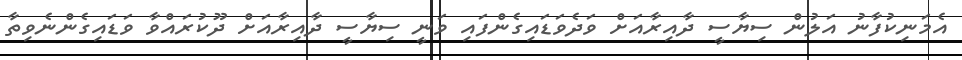
އެމަނިކުފާނު އަލުން ސިޔާސީ ދާއިރާއަށް ވަދެވަޑައިގެންފައި ވަނީ ސިޔާސީ ދާއިރާއަށް ދޫކުރައްވާ ވަޑައިގެންނެވިތާ